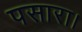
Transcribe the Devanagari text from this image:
पसारा।